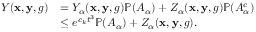
\begin{array} { r l } { Y ( \mathbf { x } , \mathbf { y } , g ) } & { = Y _ { \alpha } ( \mathbf { x } , \mathbf { y } , g ) \mathbb { P } ( A _ { \alpha } ) + Z _ { \alpha } ( \mathbf { x } , \mathbf { y } , g ) \mathbb { P } ( A _ { \alpha } ^ { c } ) } \\ & { \le e ^ { c _ { k } t ^ { 3 } } \mathbb { P } ( A _ { \alpha } ) + Z _ { \alpha } ( \mathbf { x } , \mathbf { y } , g ) . } \end{array}